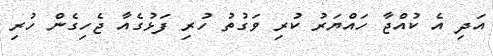
އަދި އެ ކުއްޖާ ހައްޔަރު ކުރި ވަގުތު ހުރި ފަޅުގެއާ ޖެހިގެން ހުރި